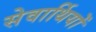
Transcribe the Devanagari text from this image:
सेवार्थियों